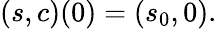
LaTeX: (s,c)(0)=(s_{0},0).